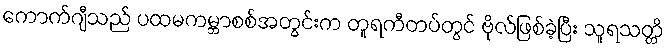
ကောက်ဂျီသည် ပထမကမ္ဘာစစ်အတွင်းက တူရကီတပ်တွင် ဗိုလ်ဖြစ်ခဲ့ပြီး သူရသတ္တိ